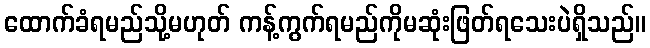
ထောက်ခံရမည်သို့မဟုတ် ကန့်ကွက်ရမည်ကိုမဆုံးဖြတ်ရသေးပဲရှိသည်။